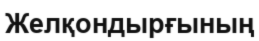
Желқондырғының